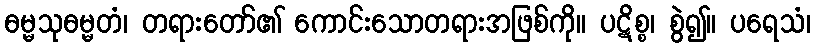
ဓမ္မသုဓမ္မတံ၊ တရားတော်၏ ကောင်းသောတရားအဖြစ်ကို။ ပဋိစ္စ၊ စွဲ၍။ ပရေသံ၊